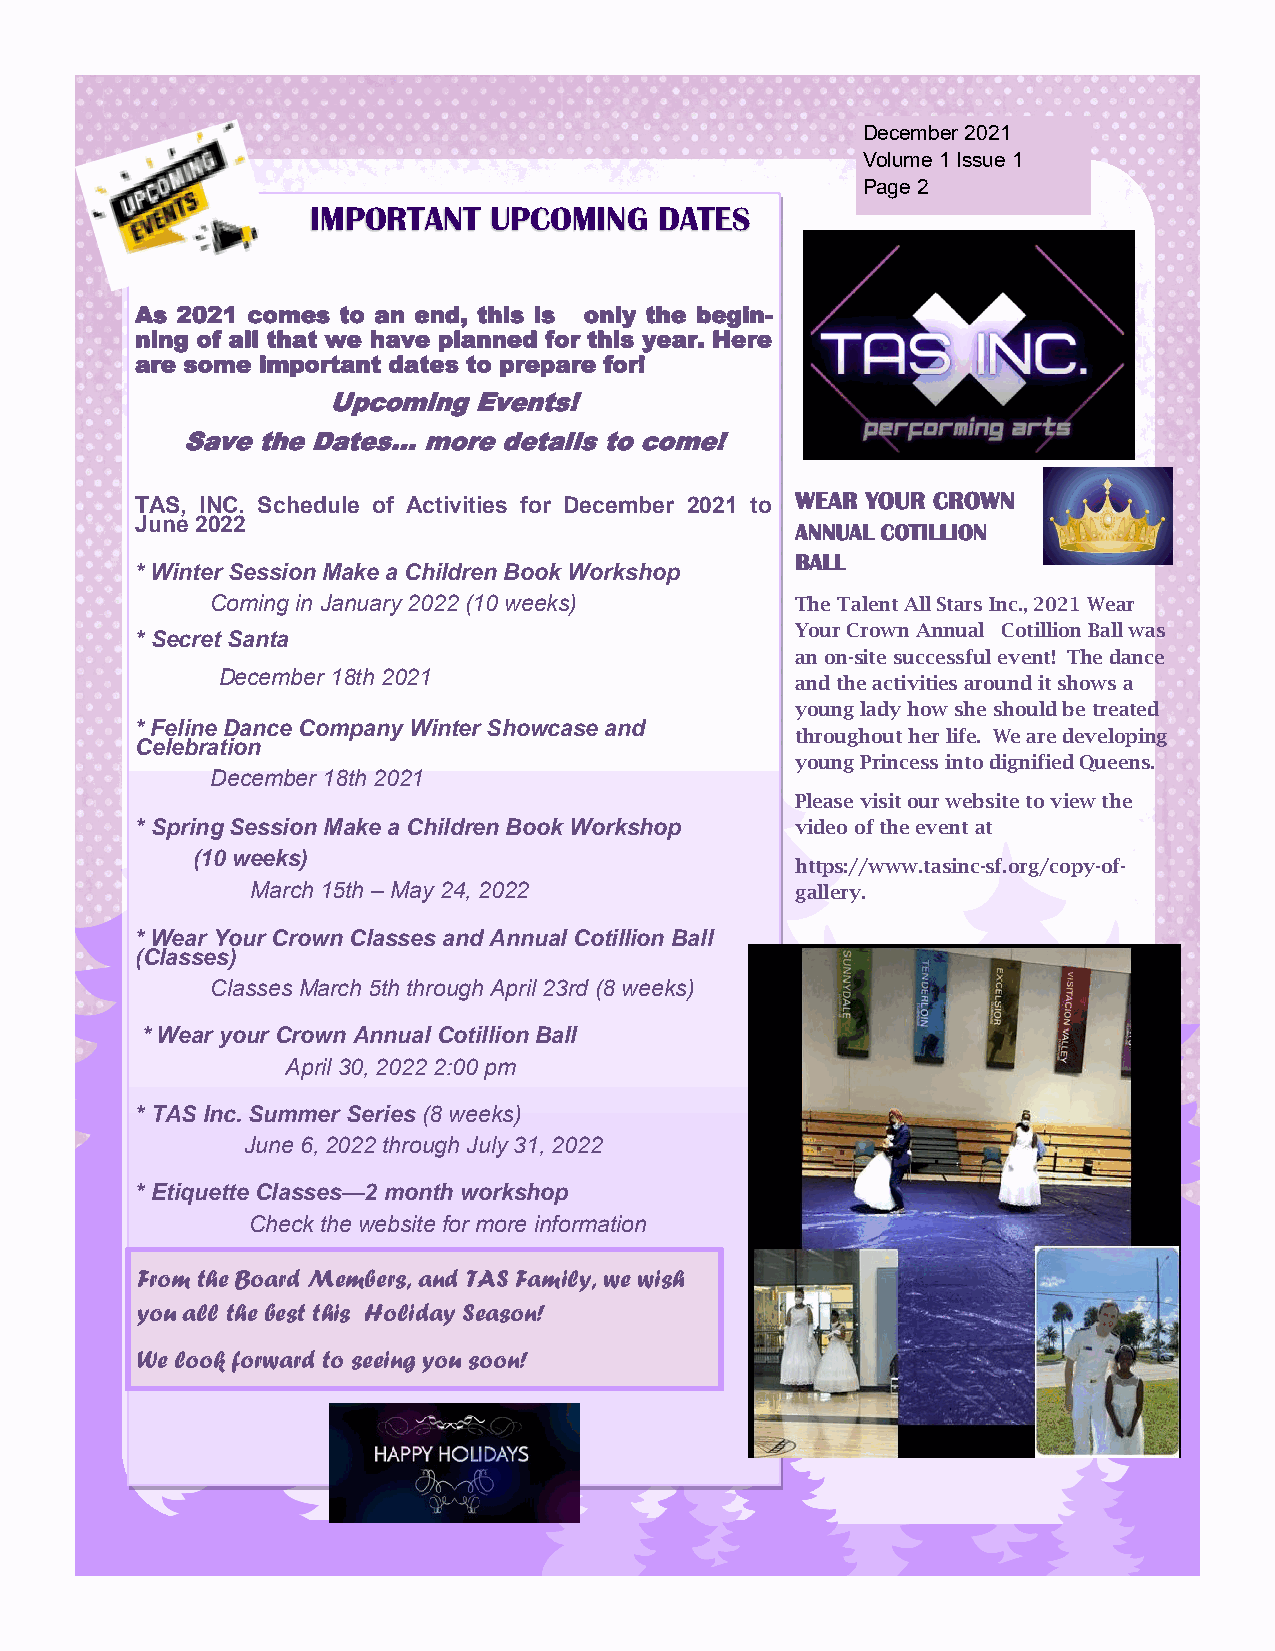
December 2021
 Volume 1 Issue 1
 Page 2
 IMPORTANT  UPCOMING    DATES
 As 2021 comes to an end, this is only the begin-
 ning of all that we have planned for this year. Here
 are some important dates to prepare for!
 Upcoming Events!
 Save the Dates… more details to come!
 TAS, INC. Schedule of Activities for December 2021 to
 WEAR YOUR CROWN
 June 2022
 ANNUAL COTILLION
 BALL
 * Winter Session Make a Children Book Workshop
 Coming in January 2022 (10 weeks)      The Talent All Stars Inc., 2021 Wear
 Your Crown Annual Cotillion Ball was
 * Secret Santa
 an on-site successful event! The dance
 December 18th 2021
 and the activities around it shows a
 young lady how she should be treated
 * Feline Dance Company Winter Showcase and
 throughout her life. We are developing
 Celebration
 young Princess into dignified Queens.
 December 18th 2021
 Please visit our website to view the
 * Spring Session Make a Children Book Workshop video of the event at
 (10 weeks)
 https://www.tasinc-sf.org/copy-of-
 March 15th – May 24, 2022           gallery.
 * Wear Your Crown Classes and Annual Cotillion Ball
 (Classes)
 Classes March 5th through April 23rd (8 weeks)
 * Wear your Crown Annual Cotillion Ball
 April 30, 2022 2:00 pm
 * TAS Inc. Summer Series (8 weeks)
 June 6, 2022 through July 31, 2022
 * Etiquette Classes—2 month workshop
 Check the website for more information
 From the Board Members, and TAS Family, we wish
 you all the best this Holiday Season!
 We look forward to seeing you soon!